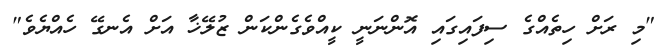
"މި ރަށް ހިތެއްގެ ސިފައިގައި އޮންނަނީ ކީއްވެގެންކަން ޒުލޭޚާ އަށް އެނގޭ ހެއްޔެވެ"